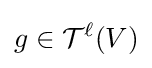
g\in {\mathcal {T}}^{\ell }(V)